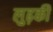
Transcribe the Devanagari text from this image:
लुढ़की